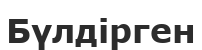
Бүлдірген